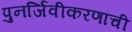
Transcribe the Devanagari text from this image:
पुनर्जिवीकरणांची